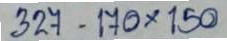
327 - 170x150